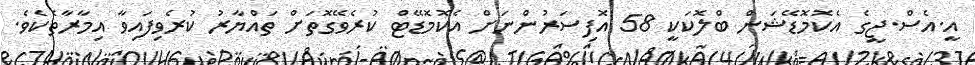
އީ.އެސް.ޖީގެ އެކޮމޮޑޭޝަން ބްލޮކަކީ 58 އޮފިސަރުންނަށް އެކޮމޮޑޭޓް ކުރެވޭގޮތަށް ތައްޔާރު ކުރެވިފައިވާ އިމާރާތެކެވެ.